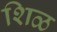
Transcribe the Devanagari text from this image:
शिळ